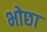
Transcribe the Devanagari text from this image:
भोछा